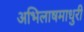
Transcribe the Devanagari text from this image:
अभिलाषमाधुरी